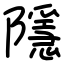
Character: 隱